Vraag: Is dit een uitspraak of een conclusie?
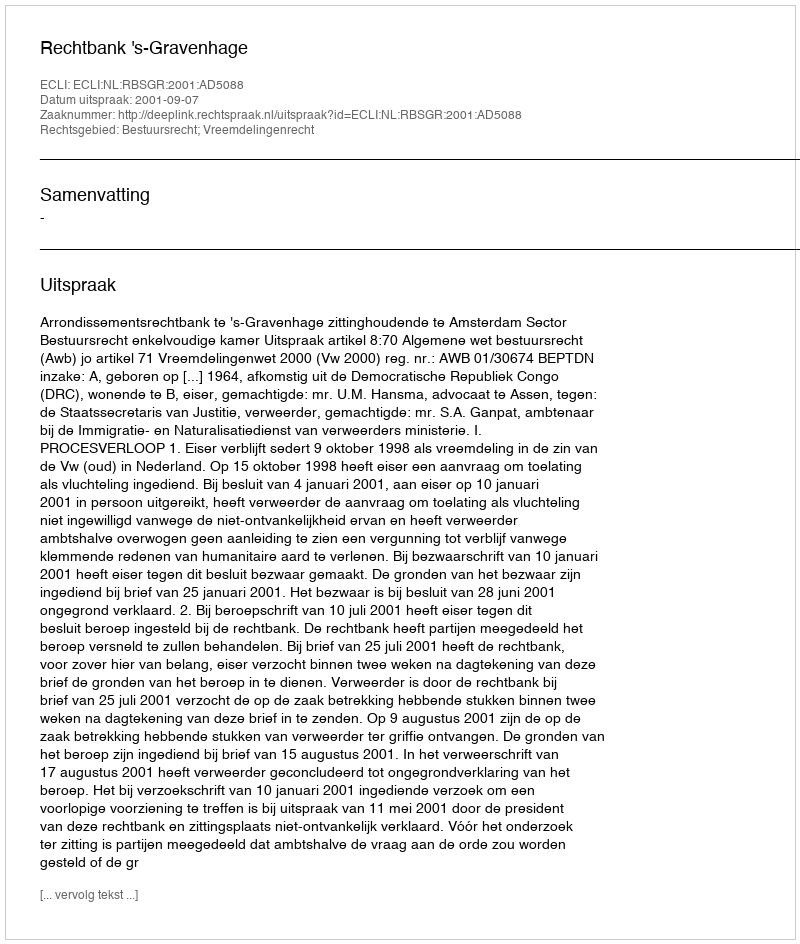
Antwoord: Uitspraak